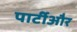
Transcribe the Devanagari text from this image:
पार्टीऔर